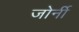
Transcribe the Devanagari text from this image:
जोर्नी